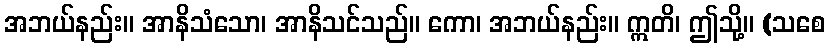
အဘယ်နည်း။ အာနိသံသော၊ အာနိသင်သည်။ ကော၊ အဘယ်နည်း။ ဣတိ၊ ဤသို့။ (သစေ